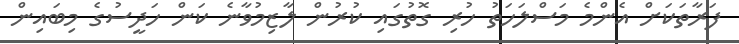
ފަރާތަކަށް އެންމެ މަސްލަހަތު ހުރި ގޮތުގައި ކުރުން ލާޒިމުވާނެ ކަން ހަދީސުގެ މިބައިން